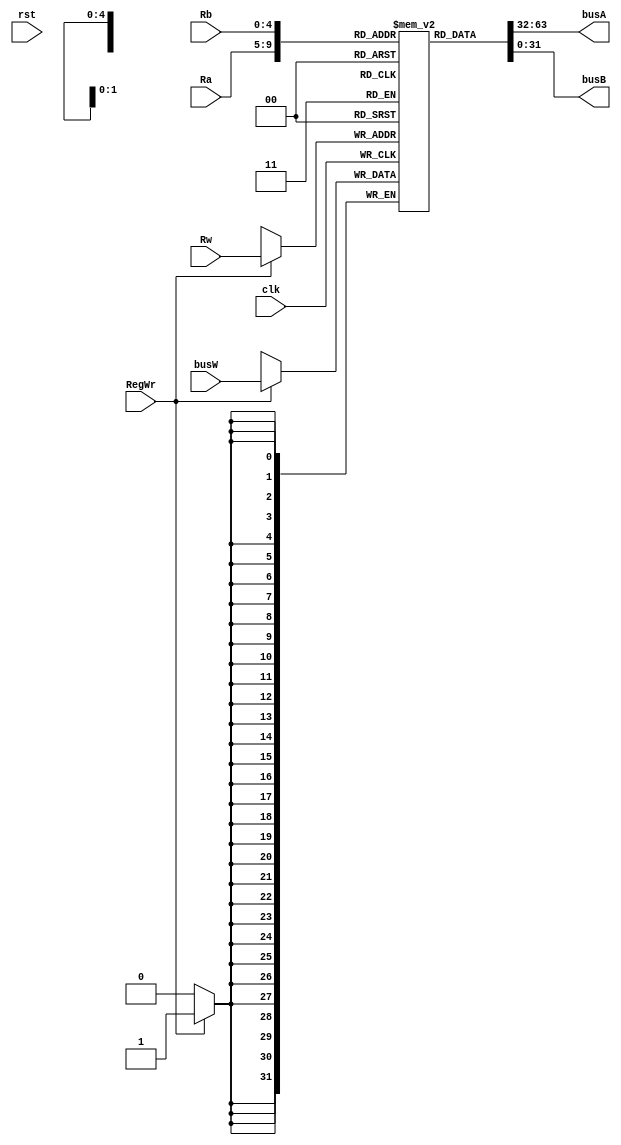
module REGFILE(
    input [4:0] Rw,
    input [4:0] Ra,
    input [4:0] Rb,
    input [31:0] busW,
    input RegWr,

    input clk, rst,
    output [31:0] busA,
    output [31:0] busB
);
    reg [31:0] Registers [31:0];
    integer i;

    initial begin
        // $display("regfile initial");
        Registers[0] <= 0;//$zero = 0
        
        for (i = 1; i <= 31; i=i+1) begin
           #1;
            Registers[i] <= 0;
        end
    end

    assign busA = Registers[Ra];
    assign busB = Registers[Rb];

    always @(posedge clk)
        if (RegWr)
            Registers[Rw] = busW;

endmodule